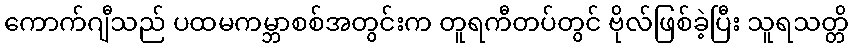
ကောက်ဂျီသည် ပထမကမ္ဘာစစ်အတွင်းက တူရကီတပ်တွင် ဗိုလ်ဖြစ်ခဲ့ပြီး သူရသတ္တိ